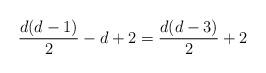
LaTeX: \begin{align*}\frac{d(d-1)}{2} - d + 2 = \frac{d(d-3)}{2} + 2 \end{align*}